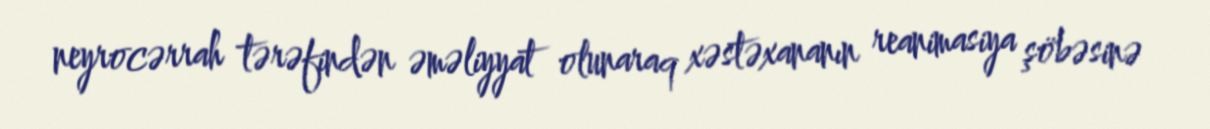
neyrocərrah tərəfindən əməliyyat olunaraq xəstəxananın reanimasiya şöbəsinə